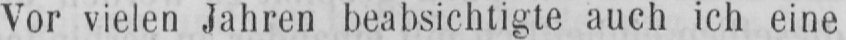
Vor vielen Jahren beabsichtigte auch ich eine